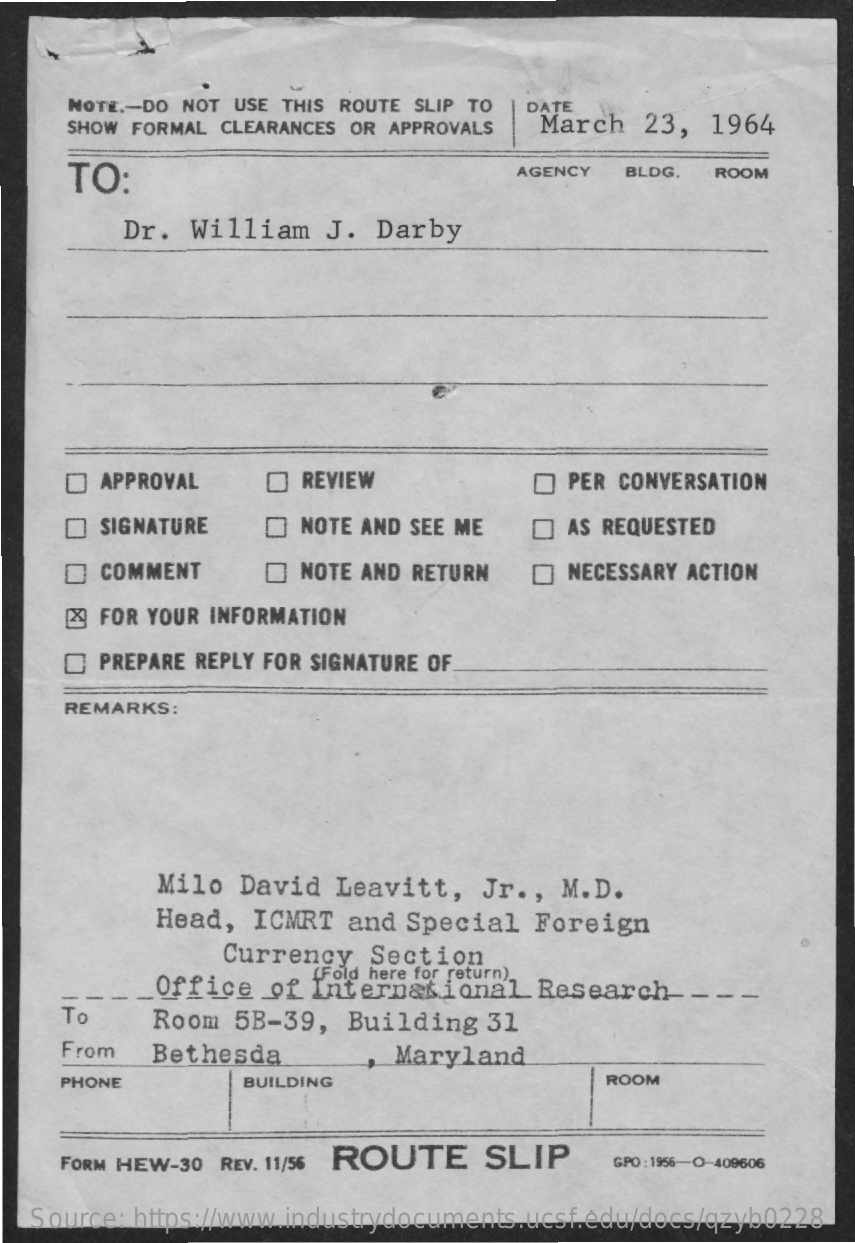
NOTE .- DO NOT USE THIS ROUTE SLIP TO DATE
     SHOW FORMAL CLEARANCES OR APPROVALS March  23,  1964
     TO:    AGENCY  BLDG. ROOM
     Dr.  William   J.  Darby
     APPROVAL    REVIEW    PER CONVERSATION
     SIGNATURE   O NOTE AND SEE ME    AS REQUESTED
     COMMENT    O NOTE AND RETURN   D NECESSARY ACTION
     FOR YOUR INFORMATION
     PREPARE REPLY FOR SIGNATURE OF
     REMARKS:
     Milo  David  Leavitt,   Jr ., M.D.
     Head,  ICMRT  and Special   Foreign
     Currency   Section
     (Fold here for return).
     Office  of International    Research  ---  -
     To    Room 5B-39,   Building  31
     From   Bethesda    Maryland
     PHONE    BUILDING    ROOM
     FORM HEW-30 REV. 11/56 ROUTE   SLIP    GPO : 1956-O-409606
   Source: https://www.industrydocuments.ucsf.edu/docs/qzyb0228